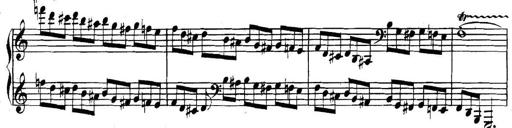
Title: Collected Piano Sonatas
Composer: Muzio Clementi